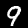
Digit: 9